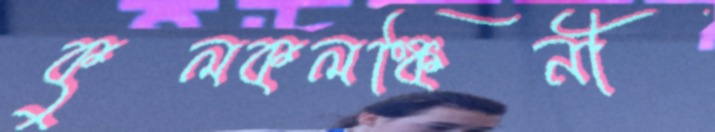
কুলকলঙ্কিনী